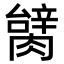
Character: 𦠬